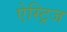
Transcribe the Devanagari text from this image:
ऐस्ट्रिज